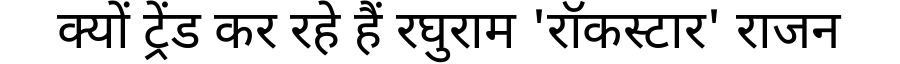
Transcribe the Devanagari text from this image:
क्यों ट्रेंड कर रहे हैं रघुराम 'रॉकस्टार' राजन